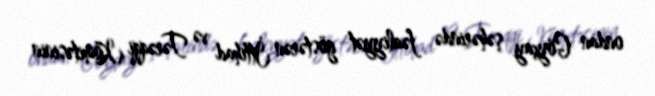
ondan Göyçay şəhərində fəaliyyət göstərən İttihad və Tərəqqi Komitəsinin